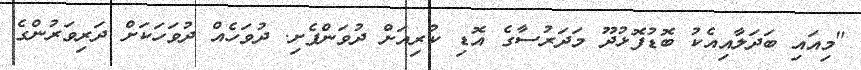
"މިއައި ބަދަލާއިއެކު ބޮޑުފޮޅުދޫ މަދަރުސާގެ އޮޑި ކުރިއަށް ދުވަންފެށި. ދުވަހެއް ދުވަހަކަށް ދަރިވަރުންގެ